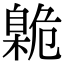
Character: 臲